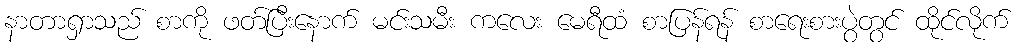
နာတာရှာသည် စာကို ဖတ်ပြီးနောက် မင်းသမီး ကလေး မေရီထံ စာပြန်ရန် စာရေးစားပွဲတွင် ထိုင်လိုက်